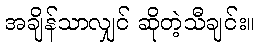
အချိန်သာလျှင် ဆိုတဲ့သီချင်း။